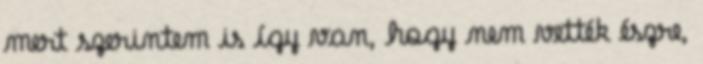
mert szerintem is így van, hogy nem vették észre,